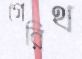
গেরিথ